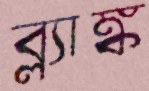
ব্ল্যাঙ্ক